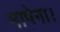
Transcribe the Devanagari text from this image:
मापेगा।